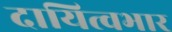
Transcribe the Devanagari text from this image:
दायित्वभार